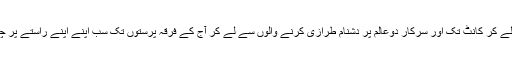
نمرود سے لے کر کانٹ تک اور سرکار دوعالم پر دشنام طرازی کرنے والوں سے لے کر آج کے فرقہ پرستوں تک سب اپنے اپنے راستے پر چل رہے ہیں۔